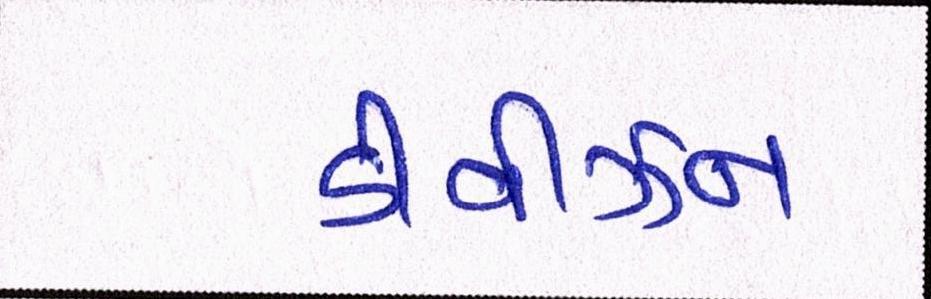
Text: ડીવીઝન